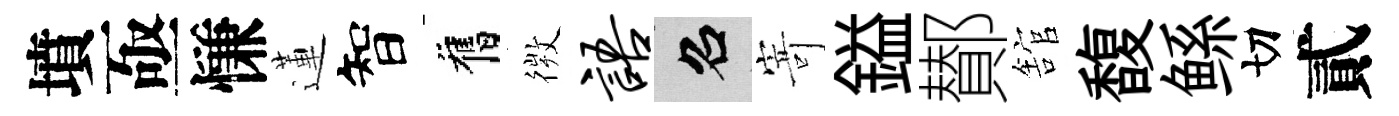
墳亟慊蓮智舊𢕄语召𭔃鎰鄼舘馥鲧切貳